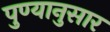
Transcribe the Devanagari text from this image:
पुण्यानुसार